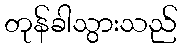
တုန်ခါသွားသည်